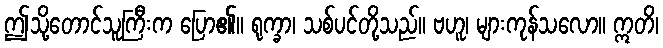
ဤသို့တောင်သူကြီးက ပြော၏။ ရုက္ခာ၊ သစ်ပင်တို့သည်။ ဗဟူ၊ များကုန်သလော။ ဣတိ၊